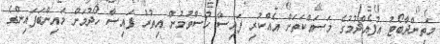
މަތިންދާބޯޓު އުފެއްދުމުގެ މަސައްކަތަށް އެއްކުރި ފައިސާ ހުސްވުމުން އިތުރު ފައިސާ ހޯދުމަށް މައިންބަފައިންގެ